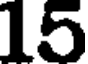
15